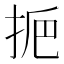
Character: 𢫷